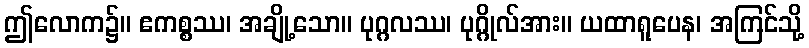
ဤလောက၌။ ဧကစ္စဿ၊ အချို့သော။ ပုဂ္ဂလဿ၊ ပုဂ္ဂိုလ်အား။ ယထာရူပေန၊ အကြင်သို့